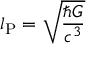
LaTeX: l _ { \mathrm { P } } = { \sqrt { \frac { \hbar G } { c ^ { 3 } } } }